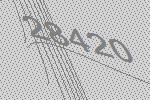
28420